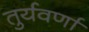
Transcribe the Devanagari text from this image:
तुर्यवर्णा